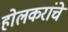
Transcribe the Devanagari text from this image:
होलकरांचे